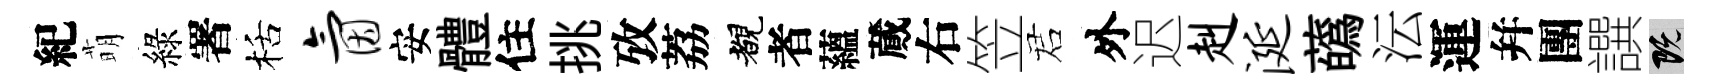
紀萌綠署栝氤安體住挑攷荔覩者蘊蕆右笠诺外迟赳涎蘤沄運幷團譔既